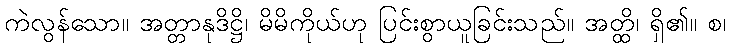
ကဲလွန်သော။ အတ္တာနုဒိဋ္ဌိ၊ မိမိကိုယ်ဟု ပြင်းစွာယူခြင်းသည်။ အတ္ထိ၊ ရှိ၏။ စ၊